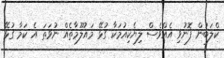
ކްލަބުން ފޮނުވި އެއްވެސް ލިޔެކިއުމަކާ ގުޅޭ މައުލޫމާތެއް ނުވަތަ އެ ކަމާ ގުޅޭ